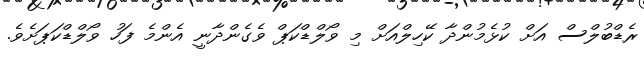
ރެޑްބުލްސް އަށް ކުޅެމުންދާ ކޭހިލްއަށް މި ވޯލްޑްކަޕް ވެގެންދާނީ އެންމެ ފަހު ވޯލްޑްކަޕަށެވެ.